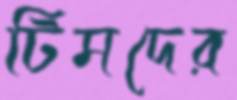
টিমদের